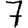
Digit: 7